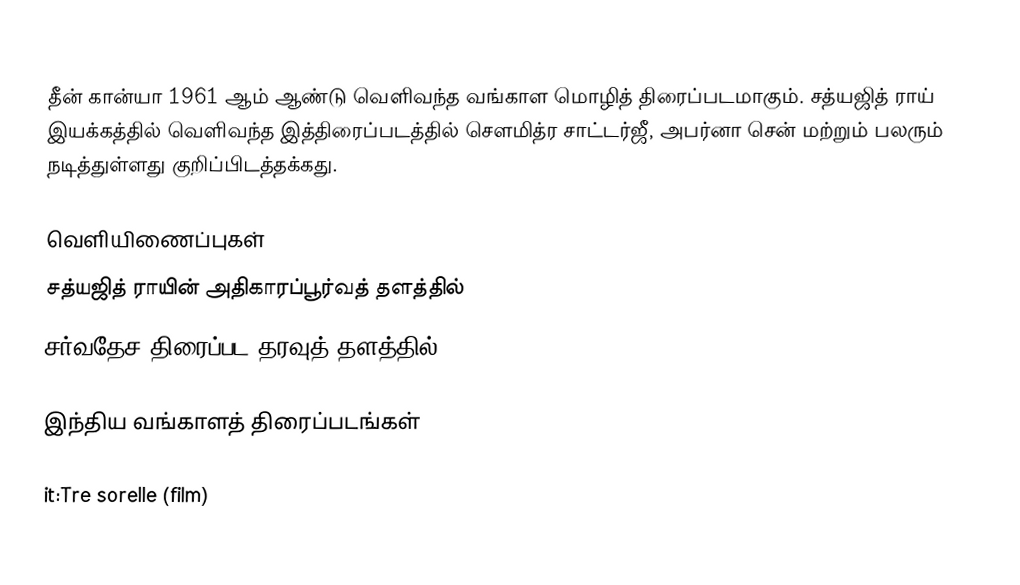
தீன் கான்யா  1961 ஆம் ஆண்டு வெளிவந்த வங்காள மொழித் திரைப்படமாகும். சத்யஜித் ராய் இயக்கத்தில் வெளிவந்த இத்திரைப்படத்தில் சௌமித்ர சாட்டர்ஜீ, அபர்னா சென் மற்றும் பலரும் நடித்துள்ளது குறிப்பிடத்தக்கது.

வெளியிணைப்புகள்
 சத்யஜித் ராயின் அதிகாரப்பூர்வத் தளத்தில்
 சர்வதேச திரைப்பட தரவுத் தளத்தில்

இந்திய வங்காளத் திரைப்படங்கள்

it:Tre sorelle (film)